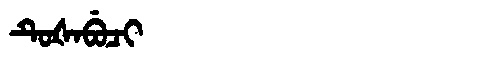
Manchu: ᡨᡠᡧᠠᠪᡠᠴᡳ
Romanization: TUŠABUCI